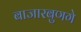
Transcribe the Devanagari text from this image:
बाजारबुणगे